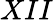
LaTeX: XII